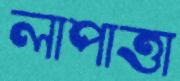
লাপাত্তা